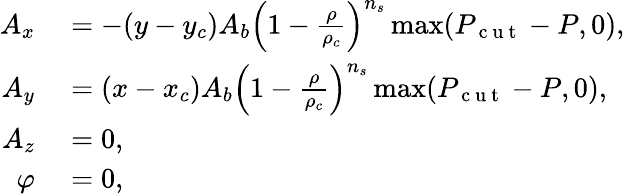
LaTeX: \begin{array}{rl}{A_{x}}&{{}=-(y-y_{c})A_{b}\left(1-\frac{\rho}{\rho_{c}}\right)^{n_{s}}\operatorname*{max}(P_{\mathrm{~c~u~t~}}-P,0),}\\ {A_{y}}&{{}=(x-x_{c})A_{b}\left(1-\frac{\rho}{\rho_{c}}\right)^{n_{s}}\operatorname*{max}(P_{\mathrm{~c~u~t~}}-P,0),}\\ {A_{z}}&{{}=0,}\\ {\varphi}&{{}=0,}\end{array}